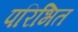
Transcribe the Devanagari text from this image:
परिभित